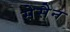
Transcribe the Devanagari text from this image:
सेसैन